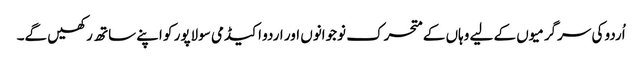
اُردو کی سرگرمیوں کے لیے وہاں کے متحرک نوجوانوں اور اردو اکیڈمی سولاپور کو اپنے ساتھ رکھیں گے۔